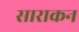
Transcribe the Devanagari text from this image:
साराकन